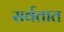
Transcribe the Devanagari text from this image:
सर्वतात